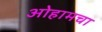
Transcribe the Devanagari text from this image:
ओहामचा